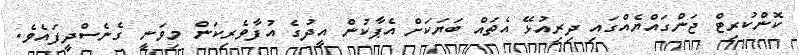
ކޮންކުރިޓް ޖަންގައްޔެއްގައި ދިރިއުޅޭ އެތައް ބަޔަކަށް އެޕާކުން އީދުގެ އުފާވެރިކަން މިވަނީ ގެނެސްދީފައެވެ.